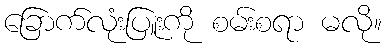
ခြောက်လုံးပြူးကို စမ်းစရာ မလို။